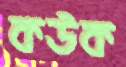
কউক